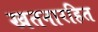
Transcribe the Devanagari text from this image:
खतनारहित